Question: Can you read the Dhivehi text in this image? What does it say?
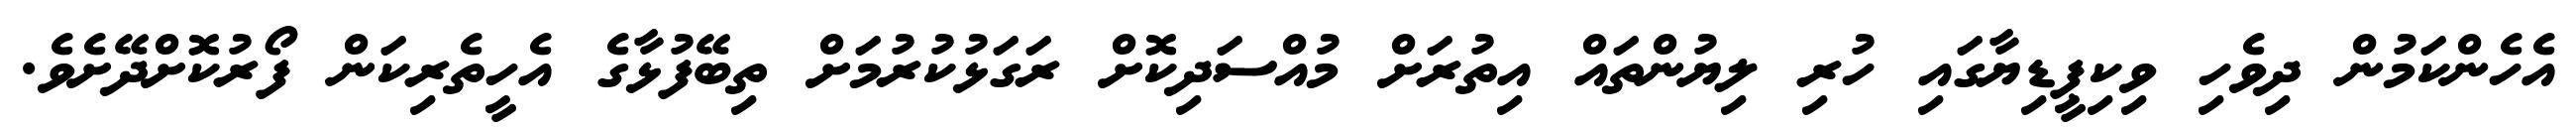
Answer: އެހެންކަމުން ދިވެހި ވިކިޕީޑިޔާގައި ހުރި ލިޔުންތައް އިތުރަށް މުއްސަދިކޮށް ރަގަޅުކުރުމަށް ތިބޭފުޅާގެ އެހީތެރިކަން ފޯރުކޮށްދޭށެވެ.